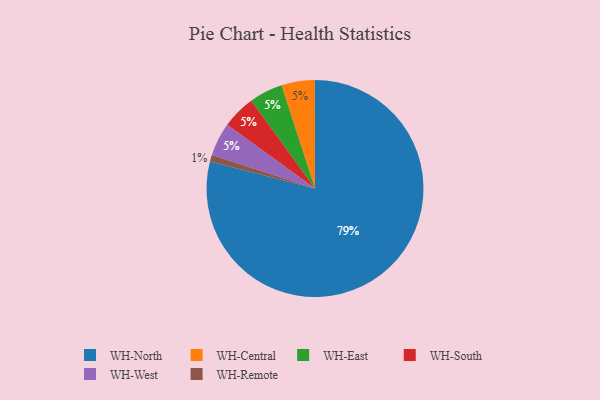
{"axis": {"x": "Category", "y": "Percentage"}, "legend": ["WH-Central", "WH-East", "WH-North", "WH-Remote", "WH-South", "WH-West"], "data": [{"x": "WH-Central", "y": 5, "type": "WH-Central"}, {"x": "WH-East", "y": 5, "type": "WH-East"}, {"x": "WH-South", "y": 5, "type": "WH-South"}, {"x": "WH-West", "y": 5, "type": "WH-West"}, {"x": "WH-Remote", "y": 1, "type": "WH-Remote"}, {"x": "WH-North", "y": 79, "type": "WH-North"}]}